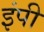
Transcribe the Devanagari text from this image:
इंपी